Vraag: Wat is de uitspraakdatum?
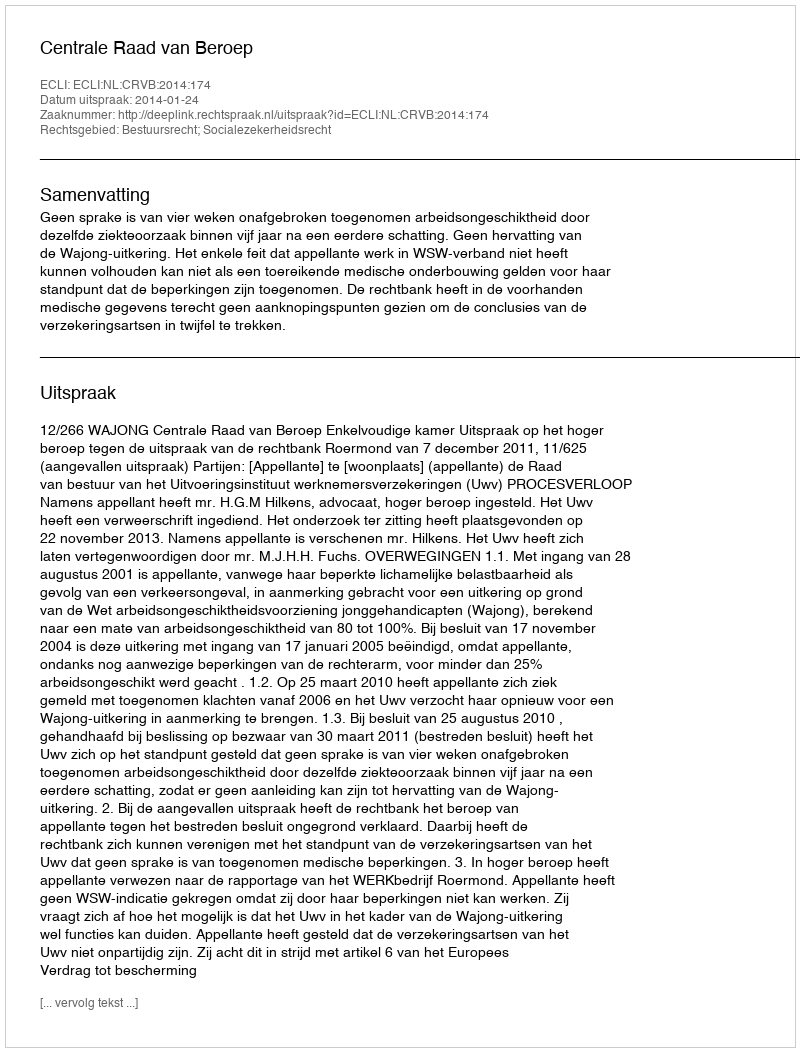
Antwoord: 2014-01-24